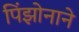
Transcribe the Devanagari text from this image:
पिंझोनाने